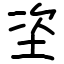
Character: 垐